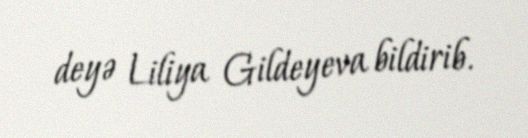
deyə Liliya Gildeyeva bildirib.